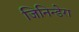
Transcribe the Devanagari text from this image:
जिनिन्डेरा